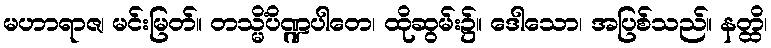
မဟာရာဇ၊ မင်းမြတ်။ တသ္မိံပိဏ္ဍပါတေ၊ ထိုဆွမ်း၌။ ဒေါသော၊ အပြစ်သည်။ နတ္ထိ၊